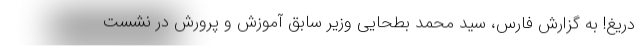
دریغ! به گزارش فارس، سید محمد بطحایی وزیر سابق آموزش و پرورش در نشست